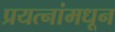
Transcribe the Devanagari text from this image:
प्रयत्‍नांमधून